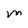
Character: M